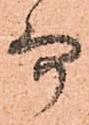
而